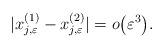
LaTeX: \begin{align*}|x^{(1)}_{j,\varepsilon}-x^{(2)}_{j,\varepsilon}|=o\big(\varepsilon^{3}\big).\end{align*}